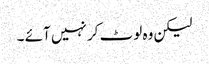
لیکن وہ لوٹ کر نہیں آئے ۔